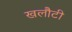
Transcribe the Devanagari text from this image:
खलौटी